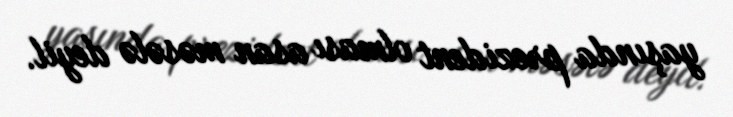
yaşında prezident olması asan məsələ deyil.